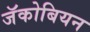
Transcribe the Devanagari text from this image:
जॅकोबियन